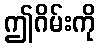
ဤဂိမ်းကို